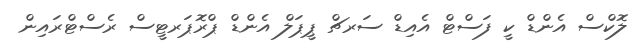
ލޮކްސް އެންޑް ކީ ފަސްޓް އެއިޑް ސަރޗް ޕީޕަލް އެންޑް ޕްރޮޕަރޓީސް ރެސްޓްރައިން